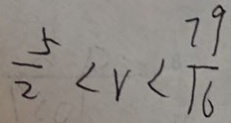
\frac { 5 } { 2 } < v < \frac { 7 9 } { 1 6 }